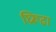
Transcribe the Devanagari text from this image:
घ्रिरूढा